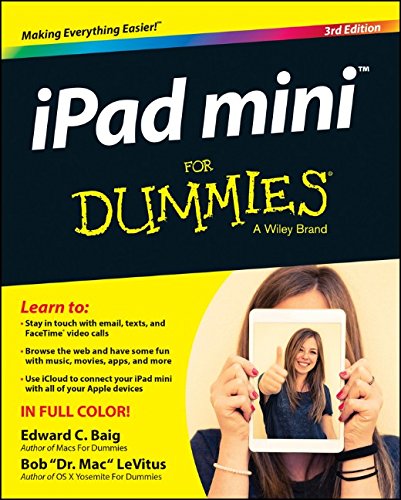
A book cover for iPad mini For Dummies (For Dummies (Computers)); Edward C. Baig; Computers & Technology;